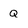
Character: Q